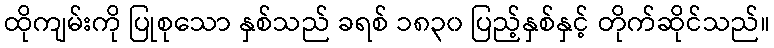
ထိုကျမ်းကို ပြုစုသော နှစ်သည် ခရစ် ၁၈၃၀ ပြည့်နှစ်နှင့် တိုက်ဆိုင်သည်။